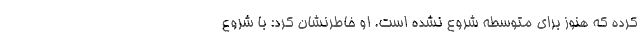
کرده که هنوز برای متوسطه شروع نشده است. او خاطرنشان کرد: با شروع